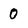
Character: 0